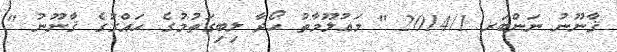
ޤާނޫނު ނަންބަރ 2014/1 " މަޢުލޫމާތު ހޯދާ ލިބިގަތުމުގެ ޙައްގުގެ ޤާނޫނު "